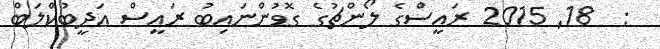
:  18